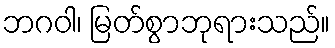
ဘဂဝါ၊ မြတ်စွာဘုရားသည်။